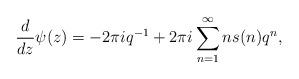
LaTeX: \begin{align*}\frac{d}{dz} \psi(z) = -2\pi i q^{-1} + 2\pi i \sum_{n=1}^\infty n s(n)q^n,\end{align*}